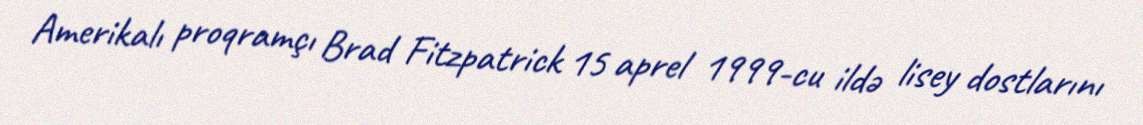
Amerikalı proqramçı Brad Fitzpatrick 15 aprel 1999-cu ildə lisey dostlarını